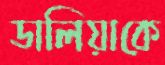
ডালিয়াকে